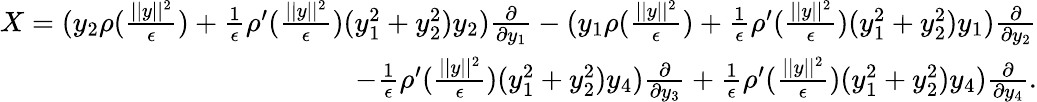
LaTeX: \begin{array}{r}{X=(y_{2}\rho(\frac{||y||^{2}}{\epsilon})+\frac{1}{\epsilon}\rho^{\prime}(\frac{||y||^{2}}{\epsilon})(y_{1}^{2}+y_{2}^{2})y_{2})\frac{\partial}{\partial y_{1}}-(y_{1}\rho(\frac{||y||^{2}}{\epsilon})+\frac{1}{\epsilon}\rho^{\prime}(\frac{||y||^{2}}{\epsilon})(y_{1}^{2}+y_{2}^{2})y_{1})\frac{\partial}{\partial y_{2}}}\\ {-\frac{1}{\epsilon}\rho^{\prime}(\frac{||y||^{2}}{\epsilon})(y_{1}^{2}+y_{2}^{2})y_{4})\frac{\partial}{\partial y_{3}}+\frac{1}{\epsilon}\rho^{\prime}(\frac{||y||^{2}}{\epsilon})(y_{1}^{2}+y_{2}^{2})y_{4})\frac{\partial}{\partial y_{4}}.}\end{array}